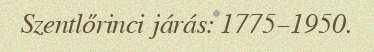
Szentlőrinci járás: 1775–1950.